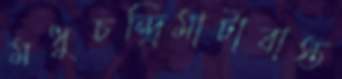
মধুচন্দ্রিমাটাবাস্ত